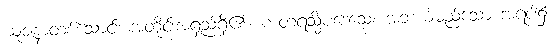
ယူဇနာတစ်သောင်း အတိုင်းအရှည်ရှိ၏။ ကတရသ္မိံပဒေသေ၊ အဘယ်မည်သော အရပ်၌။